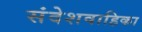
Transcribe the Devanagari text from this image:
संदेशवाहिका